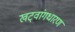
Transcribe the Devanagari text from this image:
खट्‌वांगधारण